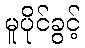
မူပိုင်ခွင့်